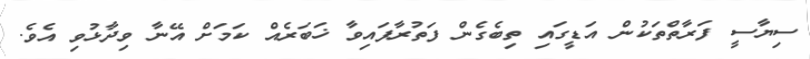
ސިޔާސީ ފަރާތްތަކުން އަޑީގައި ތިބެގެން ފަތުރާފައިވާ ޚަބަރެއް ކަމަށް އޭނާ ވިދާޅުވި އެވެ.